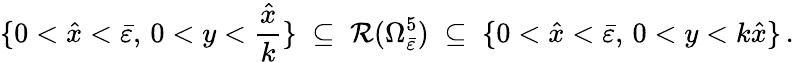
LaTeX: \{ 0<\hat{x}<\bar{\varepsilon},\, 0<y<\frac{\hat{x}}{k}\} \; \subseteq\; \mathcal{R}(\Omega_{\bar{\varepsilon}}^{5})\; \subseteq\; \{ 0<\hat{x}<\bar{\varepsilon},\, 0<y<k\hat{x}\} \, .